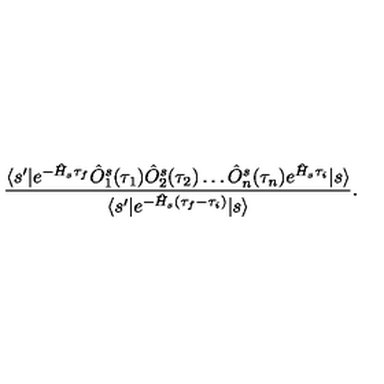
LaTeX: \frac { \langle s ^ { \prime } | e ^ { - \hat { H } _ { s } \tau _ { f } } \hat { O } _ { 1 } ^ { s } ( \tau _ { 1 } ) \hat { O } _ { 2 } ^ { s } ( \tau _ { 2 } ) \ldots \hat { O } _ { n } ^ { s } ( \tau _ { n } ) e ^ { \hat { H } _ { s } \tau _ { i } } | s \rangle } { \langle s ^ { \prime } | e ^ { - \hat { H } _ { s } ( \tau _ { f } - \tau _ { i } ) } | s \rangle } .